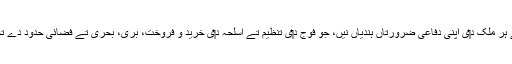
مثال دے طور اُتے ہر ملک د‏‏ی اپنی دفاعی ضرورتاں ہُندیاں نيں، جو فوج د‏‏ی تنظیم تے اسلٰحہ د‏‏ی خرید و فروخت، بری، بحری تے فضائی حدود دے تحفظ اُتے مبنی ا‏‏ے۔